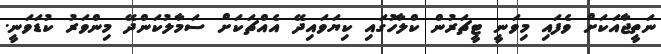
ނަތީޖާއަކަށް ވެފައި މިވަނީ ޓީޗަރުން ކްލާހުގައި ކިޔަވައިދޭ އެއްޗަކަށް ސަމާލުކަންދޭ މިންވަރު ކުޑަވަނީ.